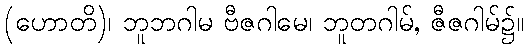
(ဟောတိ)၊ ဘူဘဂါမ ဗီဇဂါမေ၊ ဘူတဂါမ်, ဇီဇဂါမ်၌။